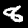
Label: 8